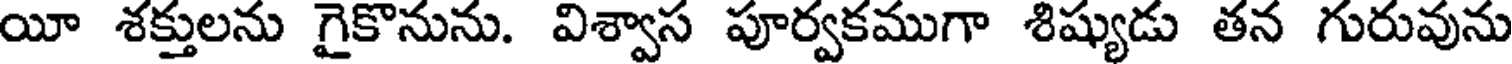
యీ శక్తులను గైకొనును. విశ్వాస పూర్వకముగా శిష్యుడు తన గురువును